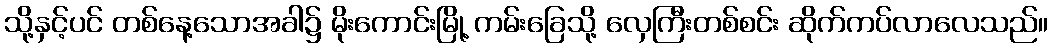
သို့နှင့်ပင် တစ်နေ့သောအခါ၌ မိုးကောင်းမြို့ ကမ်းခြေသို့ လှေကြီးတစ်စင်း ဆိုက်ကပ်လာလေသည်။